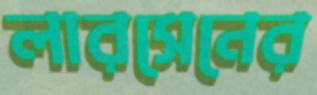
লারসেনের